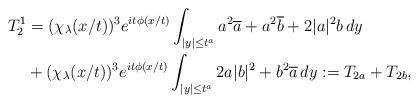
LaTeX: \begin{align*}T_2^1&=(\chi_\lambda(x/t))^3e^{it\phi(x/t)}\int_{|y|\leq t^a} a^2\overline{a}+a^2\overline{b}+2|a|^2b\,dy\\&+(\chi_\lambda(x/t))^3e^{it\phi(x/t)}\int_{|y|\leq t^a} 2a|b|^2+b^2\overline{a}\,dy:=T_{2a}+T_{2b}, \end{align*}